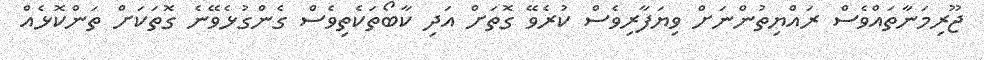
ޖޫރިމަނާތައްވެސް ރައްޔިތުންނަށް ވިޔަފާރިވެސް ކުރެވޭ ގޮތަށް އަދި ކާބޯތަކެތިވެސް ގެންގުޅެވޭނެ ގޮތަަކަށް ތަންކޮޅެއް